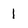
Character: 1